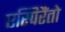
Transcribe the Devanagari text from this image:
एस्पिरैंतो